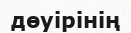
дөуірінің